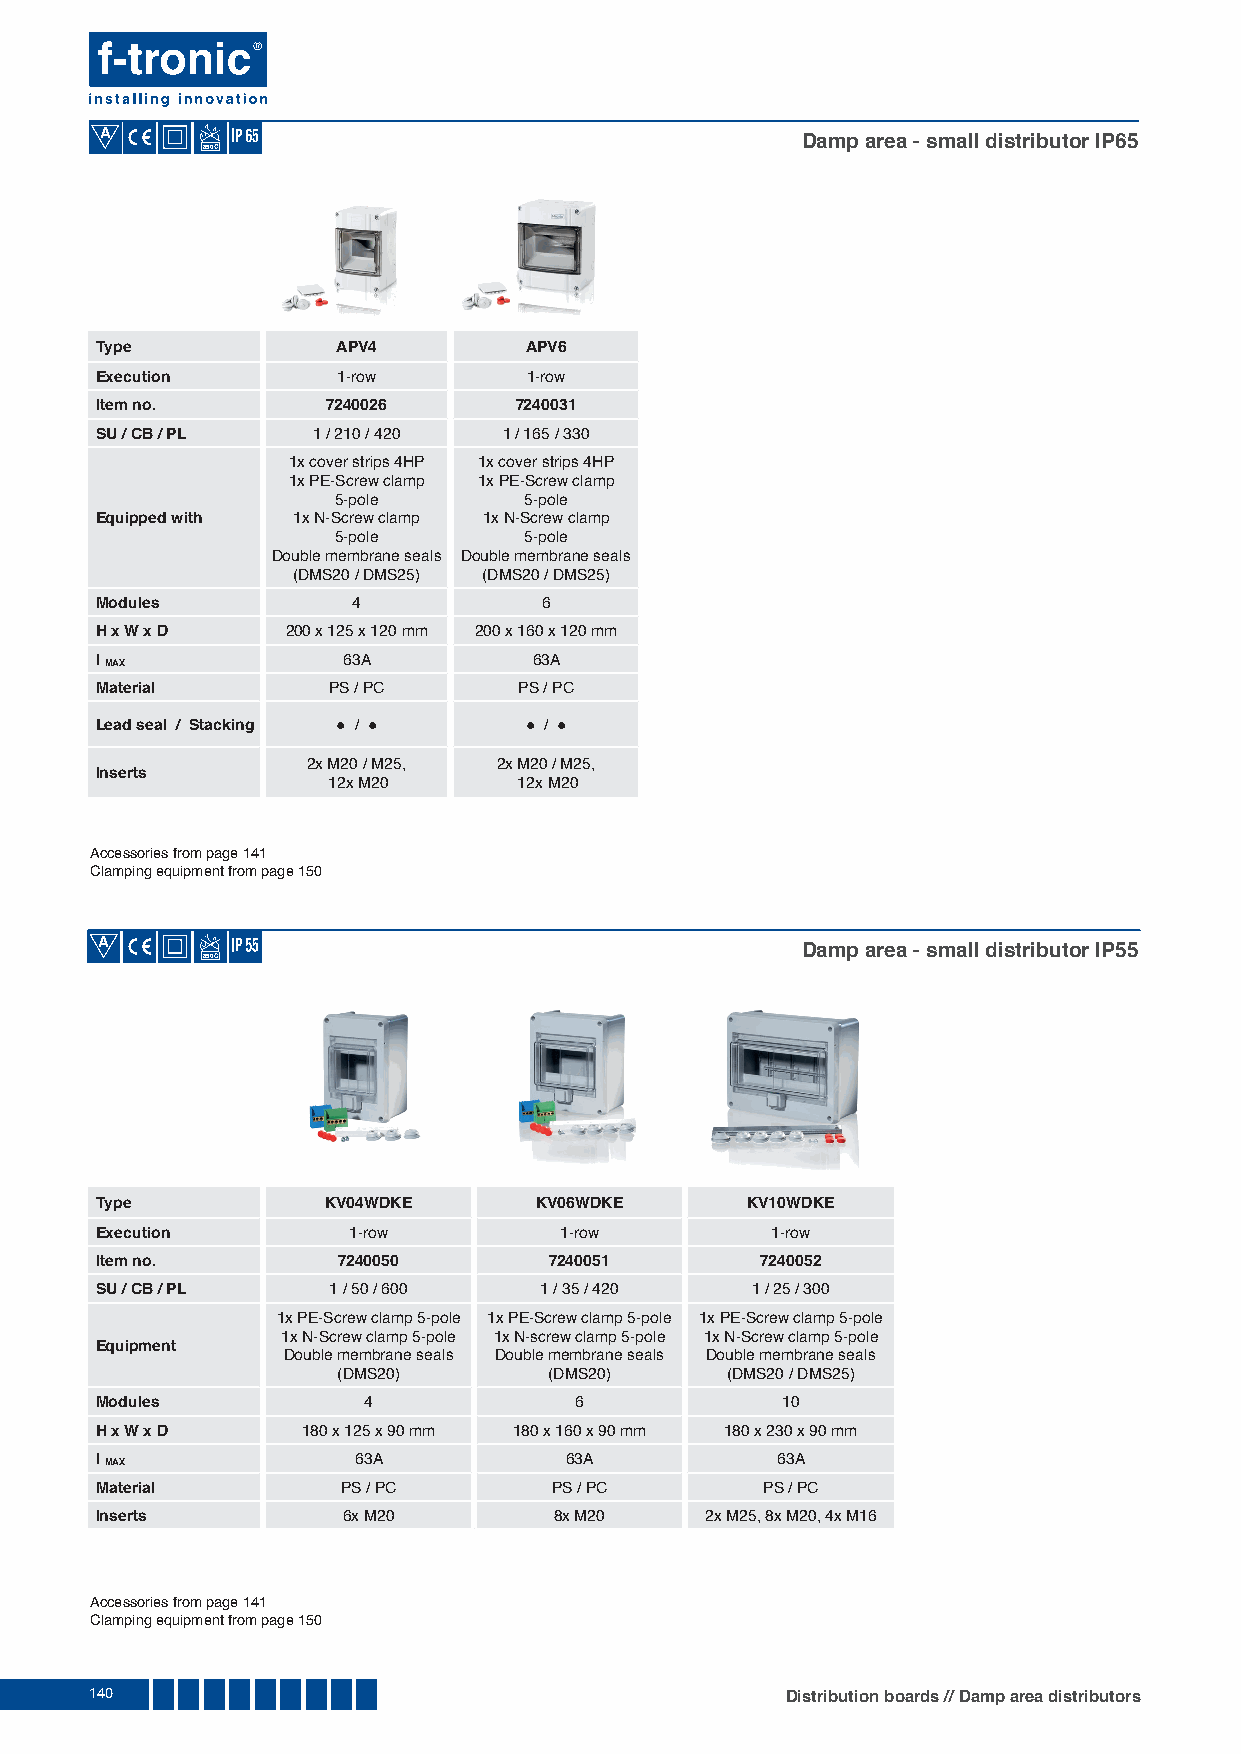
A
 Damp area - small distributor IP65
 850
 Type            APV4         APV6
 Execution       1-row        1-row
 Item no.        7240026     7240031
 SU / CB / PL   1 / 210 / 420 1 / 165 / 330
 1x cover strips 4HP 1x cover strips 4HP
 1x PE-Screw clamp 1x PE-Screw clamp
 5-pole       5-pole
 Equipped with 1x N-Screw clamp 1x N-Screw clamp
 5-pole       5-pole
 Double membrane seals Double membrane seals
 (DMS20 / DMS25) (DMS20 / DMS25)
 Modules          4            6
 H x W x D    200 x 125 x 120 mm 200 x 160 x 120 mm
 I MAX            63A         63A
 Material        PS / PC     PS / PC
 Lead seal / Stacking ● / ●   ● / ●
 2x M20 / M25, 2x M20 / M25,
 Inserts
 12x M20     12x M20
 Accessories from page 141
 Clamping equipment from page 150
 A
 Damp area - small distributor IP55
 850
 Type            KV04WDKE     KV06WDKE      KV10WDKE
 Execution        1-row         1-row         1-row
 Item no.        7240050       7240051       7240052
 SU / CB / PL    1 / 50 / 600  1 / 35 / 420  1 / 25 / 300
 1x PE-Screw clamp 5-pole 1x PE-Screw clamp 5-pole 1x PE-Screw clamp 5-pole
 1x N-Screw clamp 5-pole 1x N-screw clamp 5-pole 1x N-Screw clamp 5-pole
 Equipment
 Double membrane seals Double membrane seals Double membrane seals
 (DMS20)       (DMS20)     (DMS20 / DMS25)
 Modules           4             6             10
 H x W x D     180 x 125 x 90 mm 180 x 160 x 90 mm 180 x 230 x 90 mm
 I MAX            63A           63A           63A
 Material         PS / PC       PS / PC      PS / PC
 Inserts          6x M20        8x M20    2x M25, 8x M20, 4x M16
 Accessories from page 141
 Clamping equipment from page 150
 140                                           Distribution boards // Damp area distributors